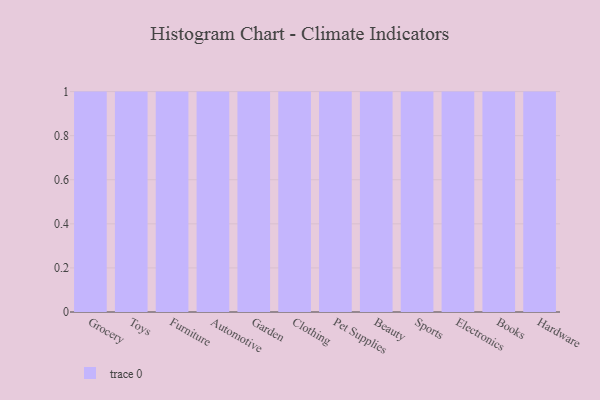
{"axis": {"x": "Category", "y": "Revenue (USD Million)"}, "legend": [""], "data": [{"x": "Grocery", "y": 7, "type": ""}, {"x": "Toys", "y": 88, "type": ""}, {"x": "Furniture", "y": 60, "type": ""}, {"x": "Automotive", "y": 14, "type": ""}, {"x": "Garden", "y": 76, "type": ""}, {"x": "Clothing", "y": 35, "type": ""}, {"x": "Pet Supplies", "y": 39, "type": ""}, {"x": "Beauty", "y": 54, "type": ""}, {"x": "Sports", "y": 51, "type": ""}, {"x": "Electronics", "y": 44, "type": ""}, {"x": "Books", "y": 55, "type": ""}, {"x": "Hardware", "y": 67, "type": ""}]}